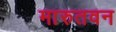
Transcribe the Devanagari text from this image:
मारुतवन